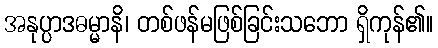
အနုပ္ပာဒဓမ္မာနိ၊ တစ်ဖန်မဖြစ်ခြင်းသဘော ရှိကုန်၏။